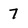
Character: 7